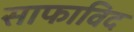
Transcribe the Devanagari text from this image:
साफाविद